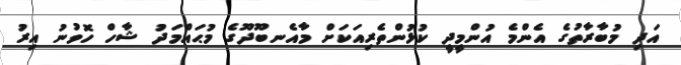
އަދި މުބާރާތުގެ އެންމެ އުންމީދީ ކުޅުންތެރިއަކަށް މާއެނބޫދޫގެ މުޙައްމަދު ޝާހް ހޮވުނު އިރު